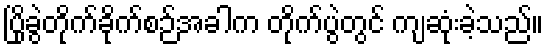
ပြိုခွဲတိုက်ခိုက်စဉ်အခါက တိုက်ပွဲတွင် ကျဆုံးခဲ့သည်။